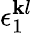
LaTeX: \epsilon_{1}^{\mathbf{k}l}